Report on vaccination in the Province of Bengal - 1874-1889
Year: 1874
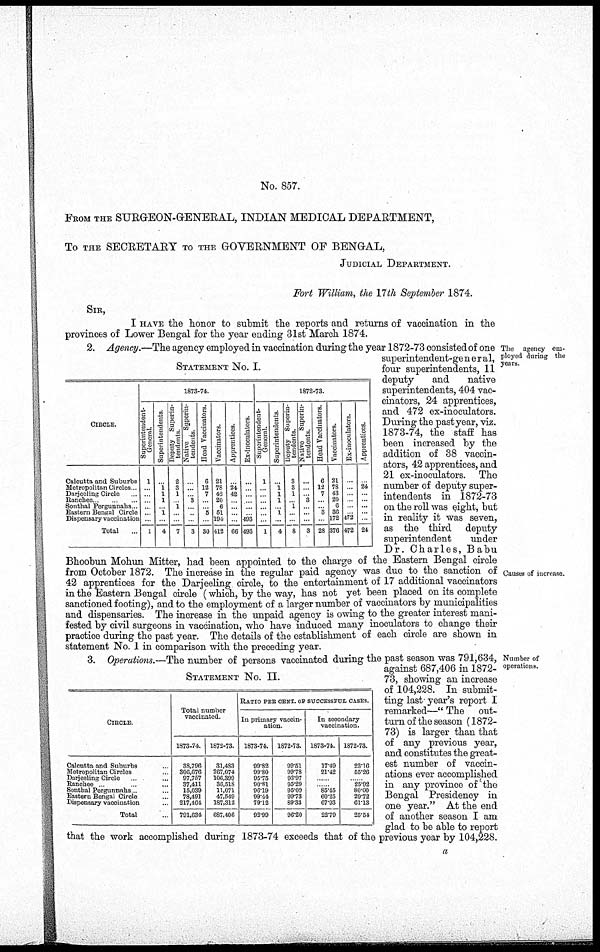
No. 857.
FROM THE SURGEON-GENERAL, INDIAN MEDICAL DEPARTMENT,
To THE SECRETARY TO THE GOVERNMENT OF BENGAL,
JUDICIAL DEPARTMENT.
Fort William, the 17th September 1874.
SIR,
I HAVE the honor to submit the reports and returns of vaccination in the
provinces of Lower Bengal for the year ending 31st March 1874.
The
agency em-
ployed during the
years.
Causes of increase.
STATEMENT No. I.
CIRCLE.
Calcutta and Suburbs
Metropolitan Circles
Darjeeling Circle...
Ranchee...
Sonthal Pergunnahs ...
Eastern Bengal Circle
Dispensary vaccination
Total...
1873-74.
Superintendent-
General.
1
...
...
...
...
...
...
1
Superintendents.
...
1
1
1
... 1
...
4
Deputy Superin-
tendents
2
3
1
... 1
...
...
7
Native
Superin-
tendents
...
...
...
3
...
...
...
3
Head Vaccinators.
6
12
7
...
... 5
...
30
Vaccinators.
21
78
42
20
6
51
194
412
Apprentices.
...
24
42
...
...
...
...
66
Ex-inoculators.
...
...
...
...
...
... 493
493
1872-73.
Superintendent-
General.
1
...
...
...
...
...
...
1
Superintendents.
...
1
1
1
... l
...
4
Deputy Superin-
tendents.
3
3
1
... 1
...
...
8
Native Superin-
tendents.
...
...
... 3
...
...
...
3
Head Vaccinators.
6
12
7
...
... 3
...
28
Vaccinators.
21
78
43
20
6
36
172
376
Ex-inoculators.
...
...
...
...
...
... 472
472
Apprentices.
...
24
...
...
...
...
...
24
2. Agency.—The agency employed in vaccination during the year 1872-73 consisted of one
superintendent-general,
four superintendents, 11
deputy
and
native
superintendents, 404 vac-
cinators, 24 apprentices,
and 472 ex-inoculators.
During the past year, viz.
1873-74, the staff has
been increased by the
addition of 38 vaccin-
ators, 42 apprentices, and
21 ex-inoculators. The
number of deputy super-
intendents in 1872-73
on the roll was eight, but
in reality it was seven,
as the third deputy
superintendent
under
Dr. Charles, Babu
Bhoobun Mohun Mitter, had been appointed to the charge of the Eastern Bengal circle
from October 1872. The increase in the regular paid agency was due to the sanction of
42 apprentices for the Darjeeling circle, to the entertainment of 17 additional vaccinators
in the Eastern Bengal circle (which, by the way, has not yet been placed on its complete
sanctioned footing), and to the employment of a larger number of vaccinators by municipalities
and dispensaries. The increase in the unpaid agency is owing to the greater interest mani-
fested by civil surgeons in vaccination, who have induced many inoculators to change their
practice during the past year. The details of the establishment of each circle are shown in
statement No. 1 in comparison with the preceding year.
Number of
operations.
STATEMENT No. II.
CIRCLE.
Calcutta and Suburbs...
Metropolitan Circles...
Darjeeling Circle. ...
Ranchee ... ... ...
Sonthal Pergunnahs... ...
Eastern Bengal Circle...
Dispensary vaccination...
Total ...
Total number
vaccinated.
1873-74
38,796
306,676
97,757
37,411
15,039
78,491
217,464
791,634
1872-73.
31,483
267,074
106,399
36,518
11,071
47,549
187,312
687,406
RATIO PER CENT. OF SUCCESSFUL CASES.
In primary vaccin-
ation.
1873-74.
99.82
99.80
95.75
90.81
96.19
99.44
79.12
92.99
1872-73.
99.51
99.78
93.97
95.29
95.09
99.73
89.33
96.20
In secondary
vaccination.
1873-74.
17.49
21.42
......
...... 85.45
60.25
67.93
22.79
1872-73.
23.16
55.26
...... 25.92
80.00
29.72
61.13
25.54
3. Operations.—The number of persons vaccinated during the past season was 791,634,
against 687,406 in 1872-
73, showing an increase
of 104,228. In submit-
ting last year's report I
remarked—" The out-
turn of the season (1872-
73) is larger than that
of any previous year,
and constitutes the great-
est number of vaccin-
ations ever accomplished
in any province of the
Bengal Presidency in
one year." At the end
of another season I am
glad to be able to report
that the work accomplished during 1873-74 exceeds that of the previous year by 104,228.
a